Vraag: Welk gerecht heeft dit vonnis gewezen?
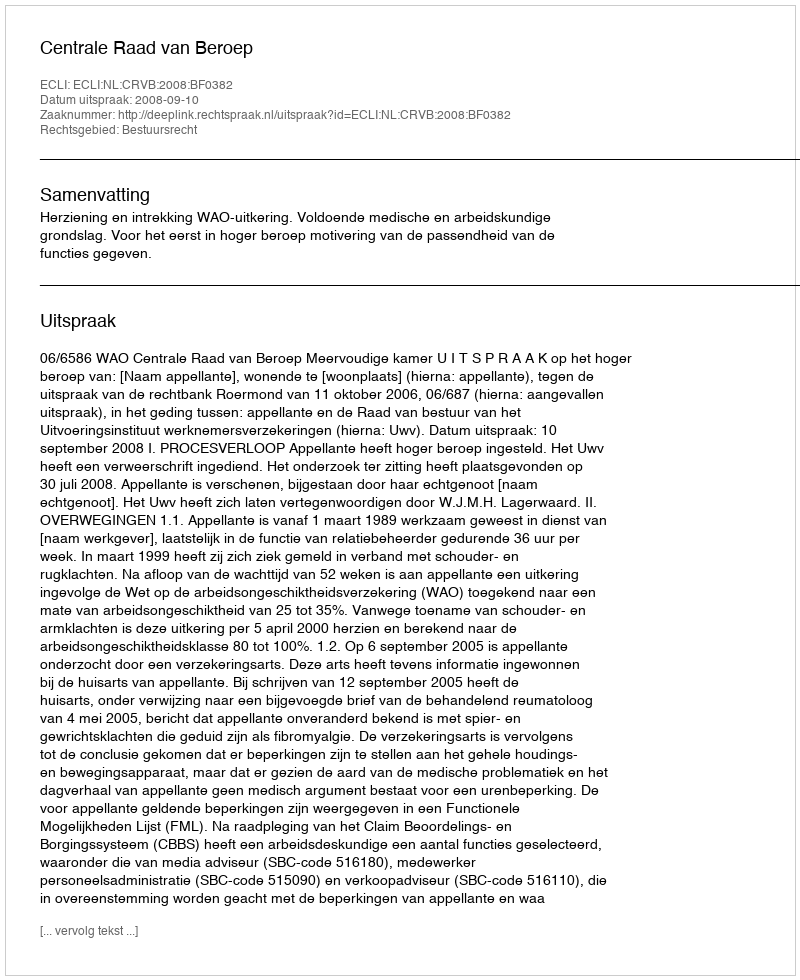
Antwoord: Centrale Raad van Beroep